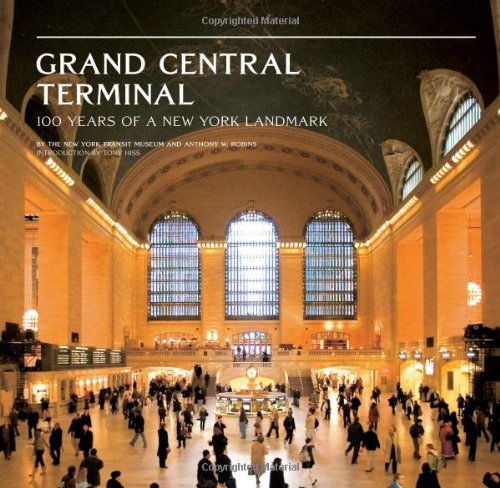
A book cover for Grand Central Terminal: 100 Years of a New York Landmark; Anthony W. Robins; Engineering & Transportation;